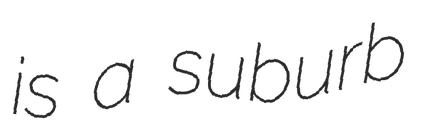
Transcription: is a suburb